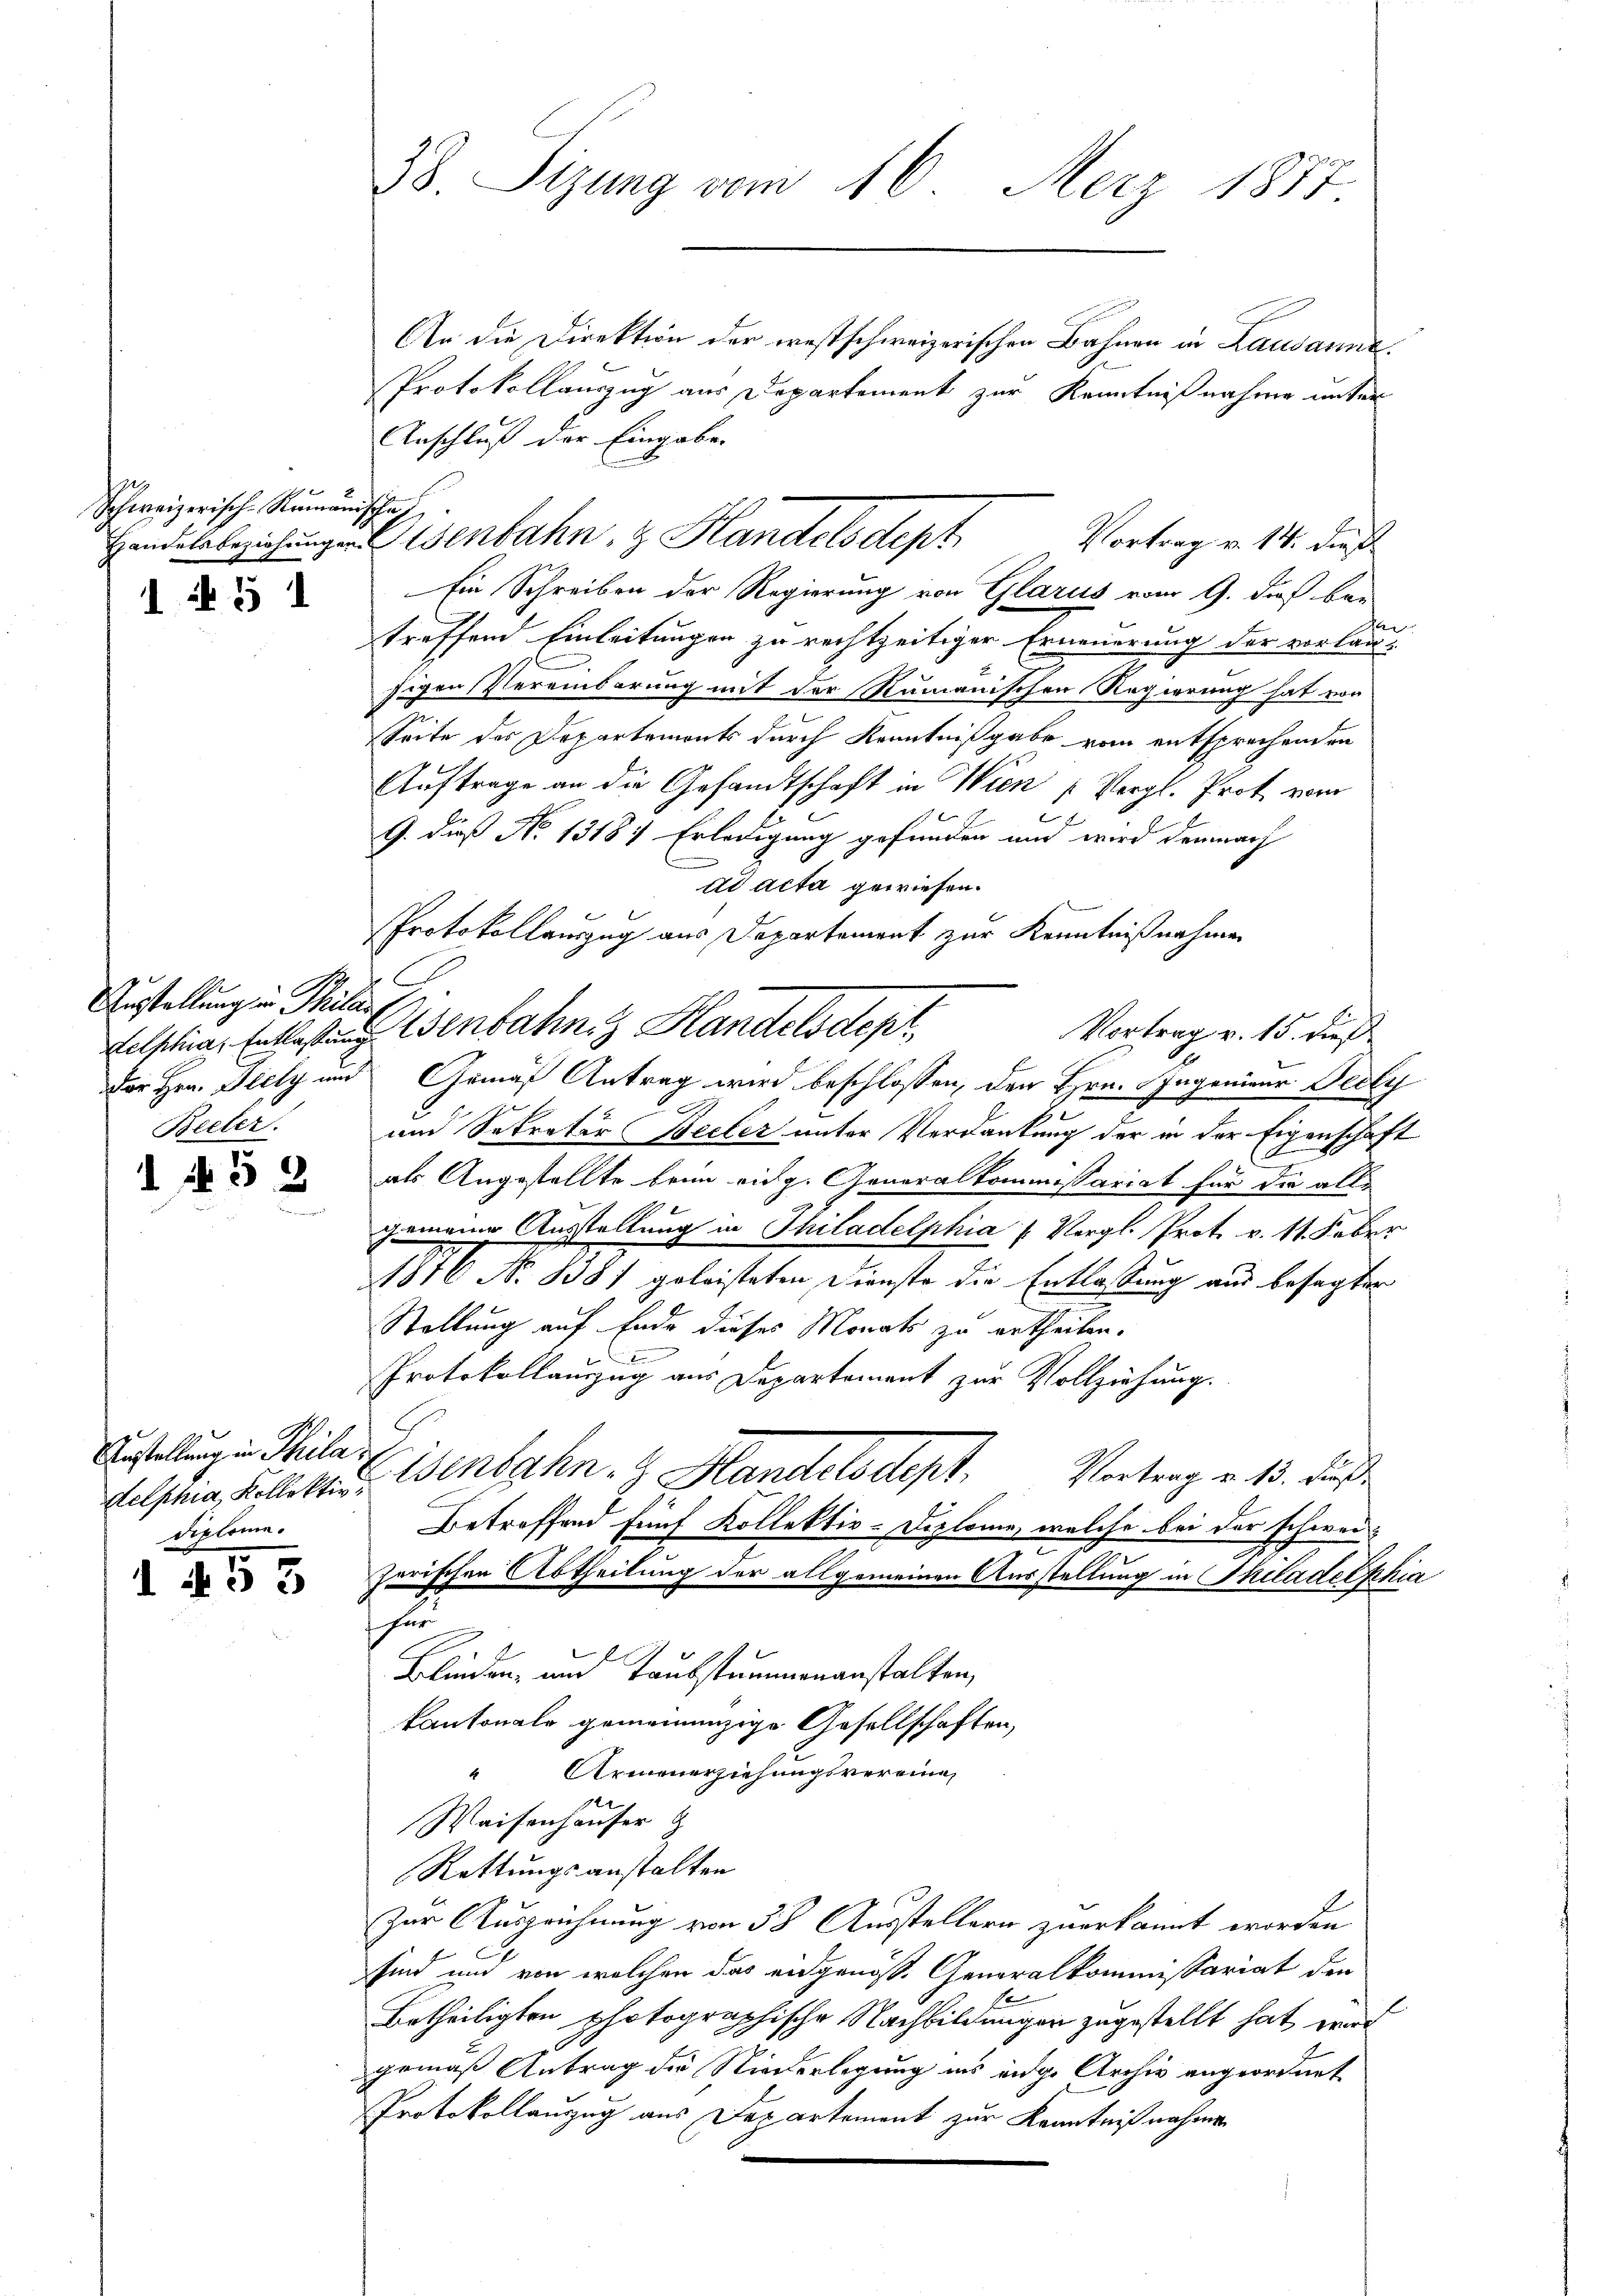
Schweizerisch-Rumänischeh
 N. 3

Ausstellung in Philis
Becler.

d N. 53

Austellung in Phila
diplome.

1 § 53

38. Sizung vom 16. Merz 1877

An die Direktion der westschweizerischen Bahnen in Lausanne
Protokollauszug aus Departement zur Kenntnißnahme unter
Anschluß der Eingabe
Ein Schreiben der Regierung von Glarus vom 9. dieß bei
treffend Einleitungen zu rechtzeitiger Erneuerung der vorlausigen Vereinbarung mit der Rumanischen Regierung hat von
Seite des Departemonts durch Kenntnißgabe vom entsprechenden
Auftrage an die Gesandtschaft in Wien (Vergl. Prot vom
9. dieß No 13181 Erledigung gefunden und wird demnach
ad acta gewiesen.
Protokollauszug aus Departement zur Kenntnißnahmen
C
Vortrag v. 15. dieß
elschias Entlastung Wenbahn Handelsdepr
der Hrn. Glely und Gemäß Antrag wird beschlossen, den Hrn. Sagenieur Decly
und Sekretär Becker unter Verdankung der in der Eigenschaft
C
als Angestellte brin eidg. Generalkommissariat für die alle
gemeine Ausstellung in Thiladelphia /: Vergl. Prot. v. 11. Feber
1876 No 1381 geleisteten Dienste die Entlassung aus besagter
Stellung auf Ende dieses Monats zu ertheilen.
Protokollauszug aus Departement zur Vollziehung.
Vortrag v. 13. Fuß.
Gelstig, telett. Eisenbahn. Handelsdept
Betreffend fünf Kollektiv-Diplome, welche bei der schweizerischen Abtheilung der allgemeinen Ausstellung in Philadelphia
für
Blinden, und Taubstummenanstalten,
Kantonale gemeinenzige Gesellschaften,
" Armenerziehungsvereine
Waisenhauser
Rettungsanstalten
Zur Auszeichnung von 58 Ausstellern zuerkannt worden
sind und von welchen das eidgenöss. Generalkommissariat den
Betheiligten photographische Nachbildungen zugestellt hat, war
gemäß Antrag die Niederlegung ins eige Archiv angeordnet
Protokollauszug aus Departement zur Kenntnißnahme

Handelsbeziehungen Eisenbahn, z. Handelsdept

Vortrag v. 14. dieß